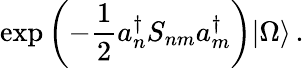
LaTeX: \exp\left({-\frac{1}{2}a_{n}^{\dagger}S_{nm}a_{m}^{\dagger}}\right)|\Omega\rangle\, .